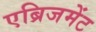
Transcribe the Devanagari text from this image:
एब्रिजमेंट